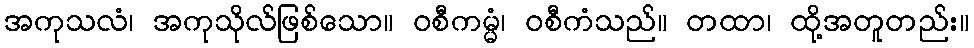
အကုသလံ၊ အကုသိုလ်ဖြစ်သော။ ဝစီကမ္မံ၊ ဝစီကံသည်။ တထာ၊ ထို့အတူတည်း။